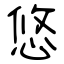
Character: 悠